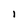
Character: l